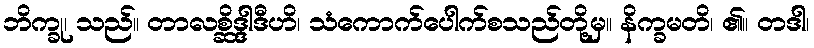
ဘိက္ခု၊ သည်။ တာလစ္ဆိဒ္ဒါဒီဟိ၊ သံကောက်ပေါက်စသည်တို့မှ။ နိက္ခမတိ၊ ၏။ တဒါ၊